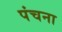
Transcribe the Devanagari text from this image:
पंचना